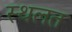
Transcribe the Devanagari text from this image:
स्थलत